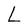
Character: L